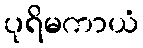
ပုရိမကာယံ